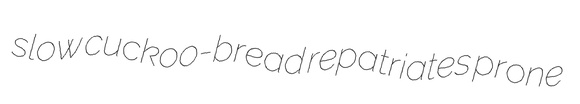
slow cuckoo-bread repatriates prone